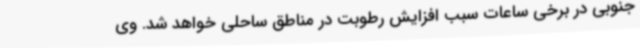
جنوبی در برخی ساعات سبب افزایش رطوبت در مناطق ساحلی خواهد شد. وی